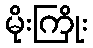
မိုးကြိုး